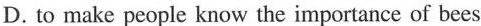
D. to make people know the importance of bees